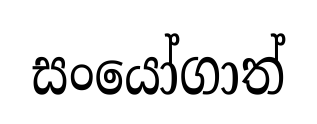
සංයෝගාත්